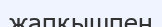
жапқышпен